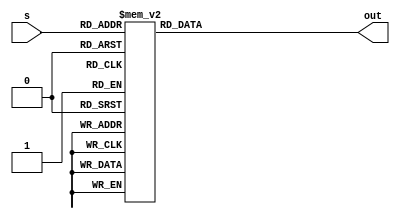
module lut (input [3:0] s, output reg [15:0] out);
	// 13 Itteration
	// Table of angle values for use with z. 
	// Angles obtained as arctan(2^(-i)).
	
	// then mapped to (1 bit sign + 7 bit whole + 8 bit fraction).
	always @(*) begin
		out = 16'b0;
		case (s)
			4'd0:   out = 16'b0010110100000000;	// 45                 degrees
			4'd1:   out = 16'b0001101010010000;	// 26.565051177077990 degrees
			4'd2:   out = 16'b0000111000001001;	// 14.036243467926479 degrees
			4'd3:   out = 16'b0000011100100000;	// 7.125016348901798  degrees
			4'd4:   out = 16'b0000001110010011;	// 3.576334374997351  degrees
			4'd5:   out = 16'b0000000111001010;	// 1.789910608246069  degrees
			4'd6:   out = 16'b0000000011100101;	// 0.895173710211074  degrees
			4'd7:   out = 16'b0000000001110010;	// 0.447614170860553  degrees
			4'd8:   out = 16'b0000000000111001;	// 0.223810500368538  degrees
			4'd9:   out = 16'b0000000000011100;	// 0.111905677066207  degrees
			4'd10:  out = 16'b0000000000001110;	// 0.055952891893804  degrees
			4'd11:  out = 16'b0000000000000111;	// 0.027976452617004  degrees
			4'd12:  out = 16'b0000000000000011;	// 0.013988227142265  degrees
			default out = 16'b0;
		endcase
	end
	
endmodule